Annual returns of the Patna Lunatic Asylum at Bankipore in Bihar and Orissa - 1912-1924
Year: 1912
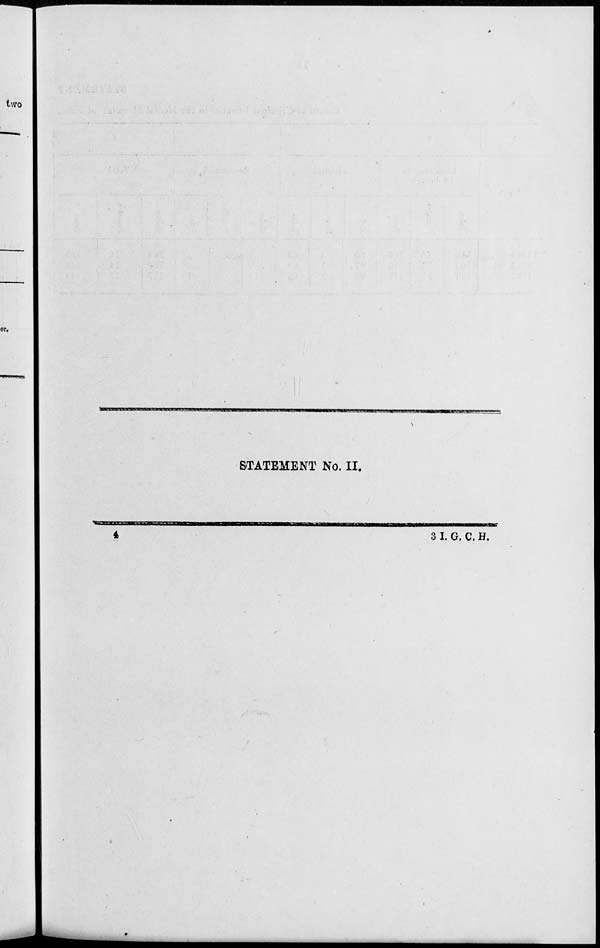
STATEMENT No. II.
4
3 I. G. C. H.